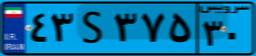
۷۱S۹۵۹۰۱